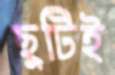
ছুটিই